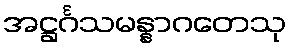
အဋ္ဌင်္ဂသမန္နာဂတေသု